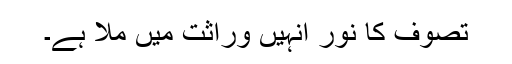
تصوف کا نور انہیں وراثت میں ملا ہے۔